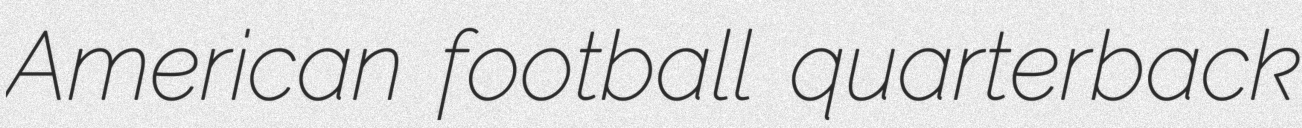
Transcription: American football quarterback